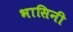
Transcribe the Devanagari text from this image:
भासिनी